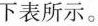
下表所示。